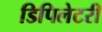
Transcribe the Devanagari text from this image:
डिपिलेटरी